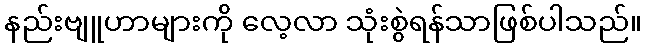
နည်းဗျူဟာများကို လေ့လာ သုံးစွဲရန်သာဖြစ်ပါသည်။